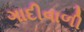
ગાદીવાળી